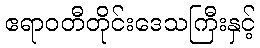
ဧရာဝတီတိုင်းဒေသကြီးနှင့်